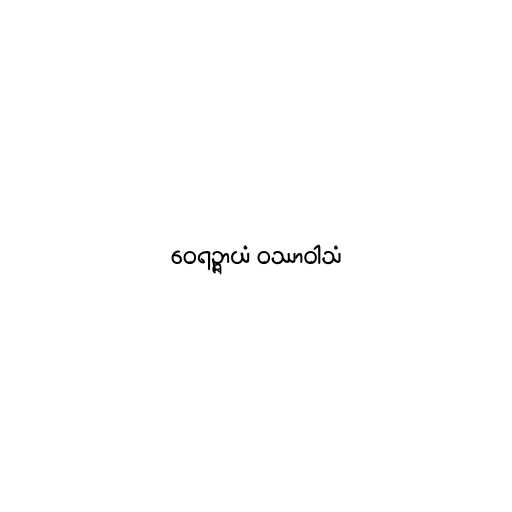
ဝေရဉ္ဇာယံ ဝဿာဝါသံ